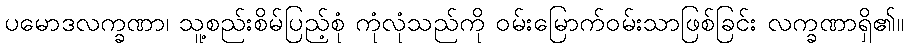
ပမောဒလက္ခဏာ၊ သူ့စည်းစိမ်ပြည့်စုံ ကုံလုံသည်ကို ဝမ်းမြောက်ဝမ်းသာဖြစ်ခြင်း လက္ခဏာရှိ၏။